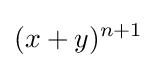
(x+y)^{n+1}